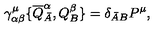
\gamma _ { \alpha \beta } ^ { \mu } \{ \overline { Q } _ { \bar { A } } ^ { \alpha } , Q _ { B } ^ { \beta } \} = \delta _ { \bar { A } B } P ^ { \mu } ,